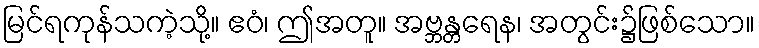
မြင်ရကုန်သကဲ့သို့။ ဧဝံ၊ ဤအတူ။ အဗ္ဘန္တရေန၊ အတွင်း၌ဖြစ်သော။